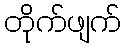
တိုက်ဖျက်